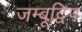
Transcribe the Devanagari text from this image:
जम्बूद्विप